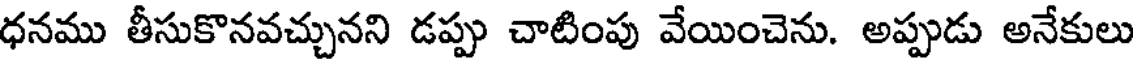
ధనము తీసుకొనవచ్చునని డప్పు చాటింపు వేయించెను. అప్పుడు అనేకులు